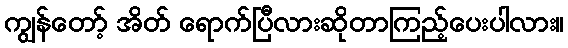
ကျွန်တော့် အိတ် ရောက်ပြီလားဆိုတာကြည့်ပေးပါလား။